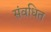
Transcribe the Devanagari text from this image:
संवधित